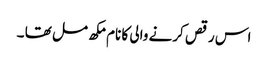
اس رقص کرنے والی کا نام مکھ مل تھا ۔